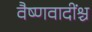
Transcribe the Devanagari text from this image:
वैष्णवादींश्च